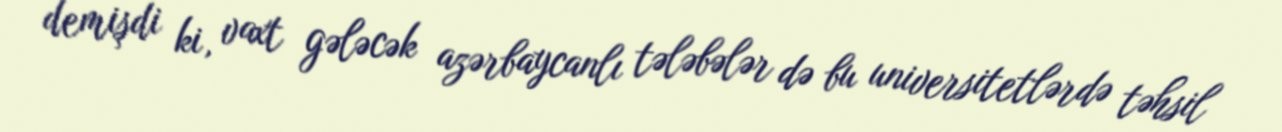
demişdi ki, vaxt gələcək azərbaycanlı tələbələr də bu universitetlərdə təhsil